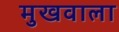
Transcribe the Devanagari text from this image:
मुखवाला